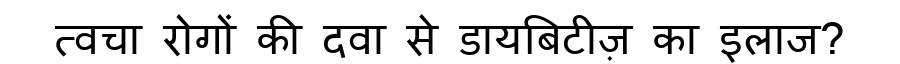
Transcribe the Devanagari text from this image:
त्वचा रोगों की दवा से डायबिटीज़ का इलाज?